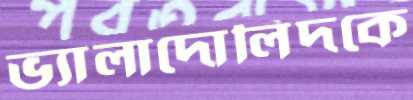
ভ্যালাদোলিদকে